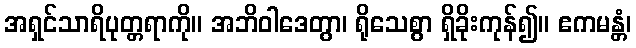
အရှင်သာရိပုတ္တရာကို။ အဘိဝါဒေတွာ၊ ရိုသေစွာ ရှိခိုးကုန်၍။ ဧကမန္တံ၊